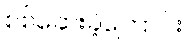
စစ်ဆေးခဲ့ကြောင်း